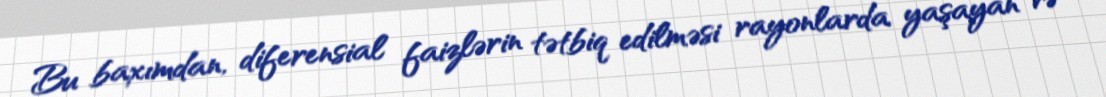
Bu baxımdan, diferensial faizlərin tətbiq edilməsi rayonlarda yaşayan və